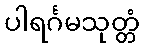
ပါရင်္ဂမသုတ္တံ